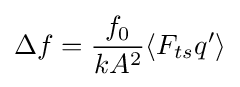
\Delta f={\frac {f_{0}}{kA^{2}}}\langle F_{ts}q'\rangle